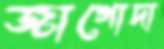
জাগোদা